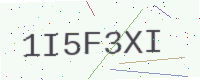
Text: 1I5F3XI